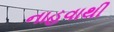
નાહવાથી